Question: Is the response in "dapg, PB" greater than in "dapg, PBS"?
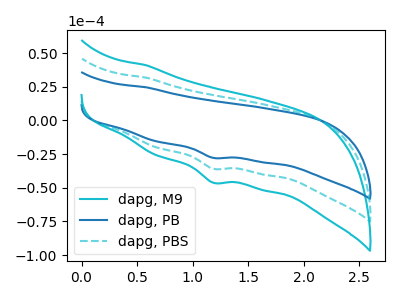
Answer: <think>The cyan curve "dapg, M9" has a cathodic peak at: (1.20V, -71.65uA). The blue curve "dapg, PB" has a cathodic peak at: (1.20V, -27.75uA). The cyan dashed curve "dapg, PBS" has a cathodic peak at: (1.20V, -35.80uA).
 All the peaks in "dapg, PB" have a peak in "dapg, PBS" at the same potential. Every peak in "dapg, PB" is lower than every peak in "dapg, PBS".</think>
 <answer>"dapg, PB" has less signal than "dapg, PBS".</answer>
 <eval>less_signal</eval>